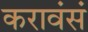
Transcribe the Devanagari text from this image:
करावंसं